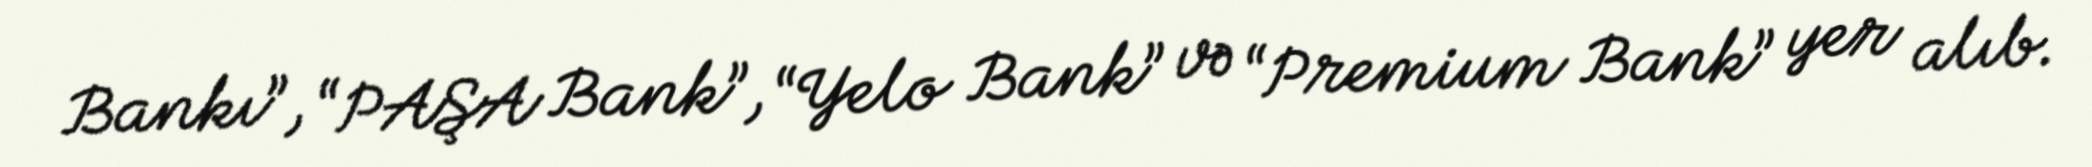
Bankı”, “PAŞA Bank”, “Yelo Bank” və “Premium Bank” yer alıb.